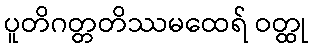
ပူတိဂတ္တတိဿမထေရ် ဝတ္ထု